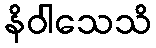
နိဝါသေသိ